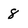
Character: 8